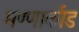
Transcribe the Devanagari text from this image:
मण्णार्काड